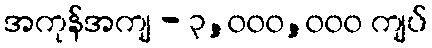
အကုန်အကျ - ၃,၀၀၀,၀၀၀ ကျပ်